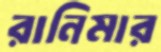
রানিমার